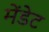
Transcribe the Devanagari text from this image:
मेंडेट